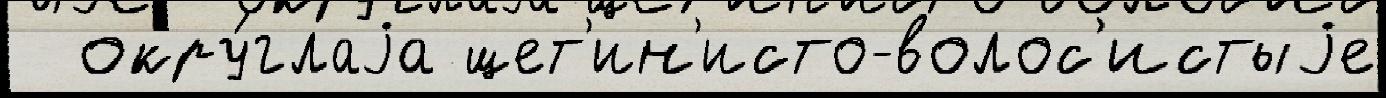
  окру́глаjа щет'ин'исто-волос'истыjе